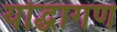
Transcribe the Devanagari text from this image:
योद्धागण